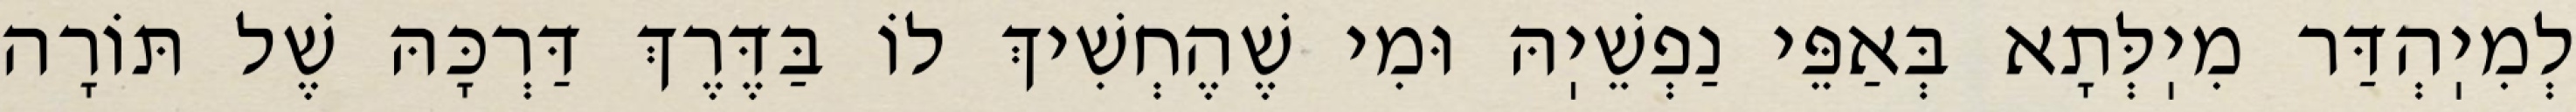
לְמִיֽהְדַּר מִיֽלְּתָא בְּאַפֵּי נַפְשֵׁיֽהּ וּמִי שֶׁהֶחְשִׁיךְ לוֹ בַּדֶּרֶךְ דַּרְכָּהּ שֶׁל תּוֹרָה